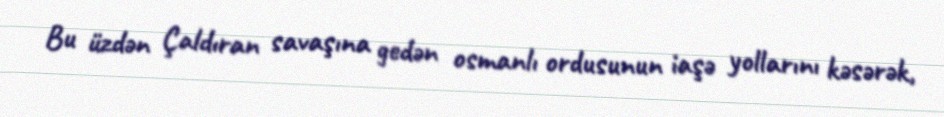
Bu üzdən Çaldıran savaşına gedən osmanlı ordusunun iaşə yollarını kəsərək,